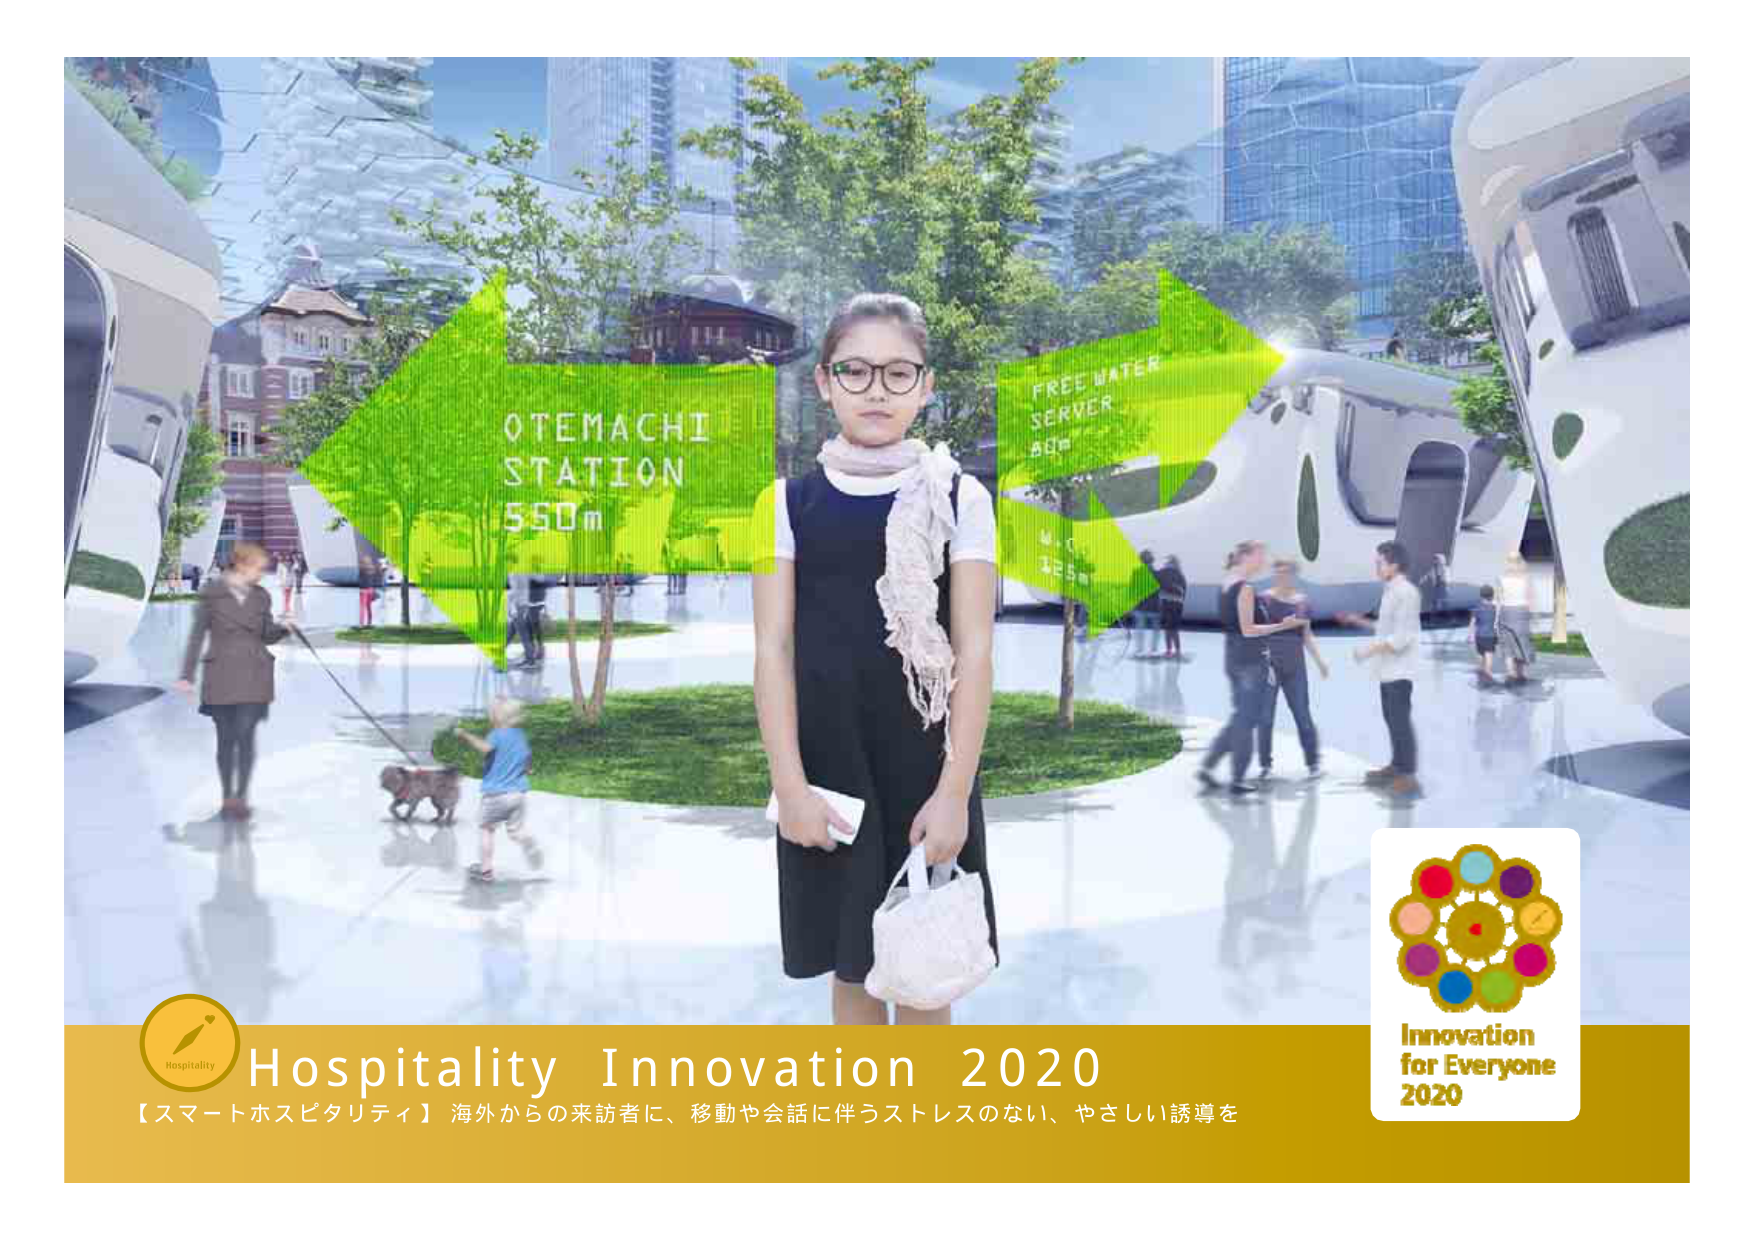
OTEMACHI
STATION
550m

FREE WATER
SERVER
60m

Hospitality Innovation 2020
【スマートホスピタリティ】海外からの来訪者に、移動や会話に伴うストレスのない、やさしい誘導を

Innovation
for Everyone
2020